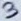
Text: 3